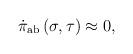
LaTeX: \begin{align*}\dot \pi _{{\rm ab}}\left( \sigma ,\tau \right) \approx 0, \end{align*}